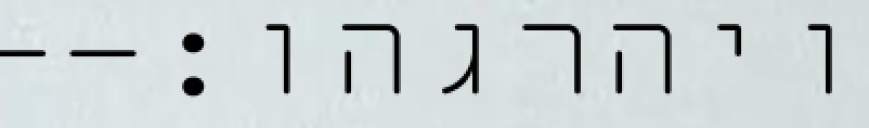
ויהרגהו׃--